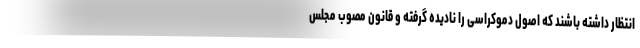
انتظار داشته باشند که اصول دموکراسی را نادیده گرفته و قانون مصوب مجلس